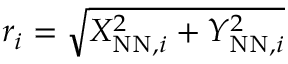
r _ { i } = \sqrt { X _ { \mathrm { N N } , i } ^ { 2 } + Y _ { \mathrm { N N } , i } ^ { 2 } }